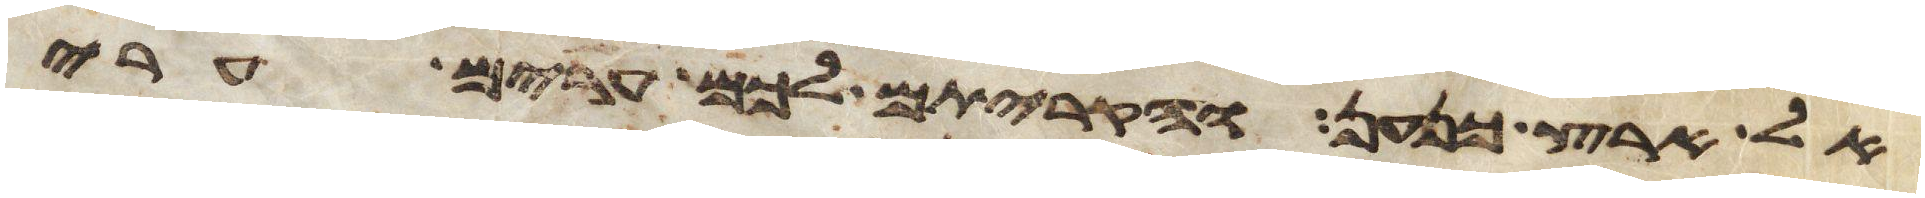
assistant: אל ארץ כנען והקריתם לכם ערים ערי